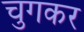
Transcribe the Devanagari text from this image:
चुगकर